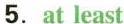
5.at least